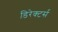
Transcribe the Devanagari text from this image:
डिरेक्टर्स